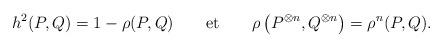
LaTeX: \begin{align*}h^{2}(P,Q)=1-\rho(P,Q)\qquad\mbox{et}\qquad\rho\left(P^{\otimes n},Q^{\otimes n}\right)=\rho^{n}(P,Q).\end{align*}